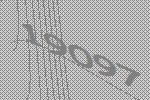
19097